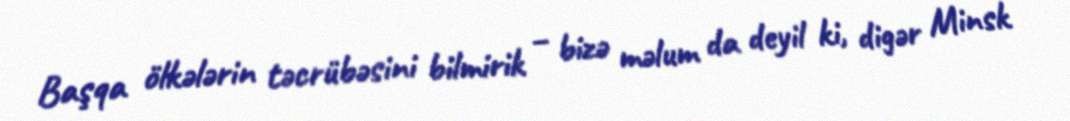
Başqa ölkələrin təcrübəsini bilmirik – bizə məlum da deyil ki, digər Minsk